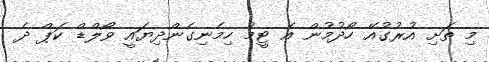
މި ތަށި އުރުގުއޭ ހޯދުމުން އެ ޓީމު ހިމެނިގެންދިޔައީ ވޯލްޑް ކަޕް ދެ